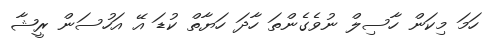
ހަމަ މިކަން ހާސިލް ނުވެގެންތަ ހާދަ ހަޔާތް ކުޑަ އޭ އަހުސަން ރީޝާ